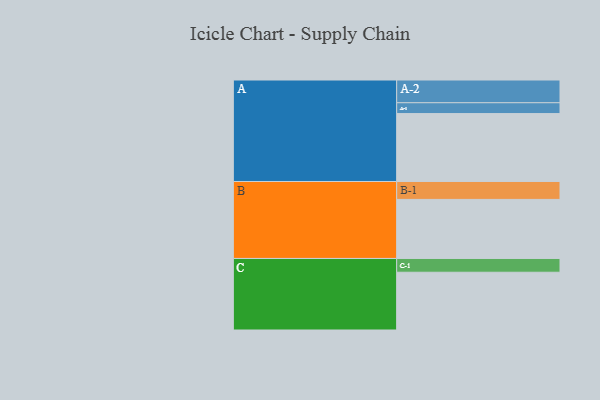
{"axis": {"x": "Segment", "y": "Value"}, "legend": ["", "A", "B", "C"], "data": [{"x": "A", "y": 576, "type": ""}, {"x": "B", "y": 501, "type": ""}, {"x": "C", "y": 490, "type": ""}, {"x": "A-1", "y": 92, "type": "A"}, {"x": "A-2", "y": 193, "type": "A"}, {"x": "B-1", "y": 152, "type": "B"}, {"x": "C-1", "y": 117, "type": "C"}]}